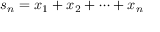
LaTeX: s _ { n } = x _ { 1 } + x _ { 2 } + \cdots + x _ { n }